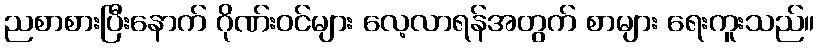
ညစာစားပြီးနောက် ဂိုဏ်းဝင်များ လေ့လာရန်အတွက် စာများ ရေးကူးသည်။